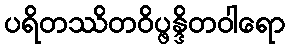
ပရိတဿိတဝိပ္ဖန္ဒိတဝါရော